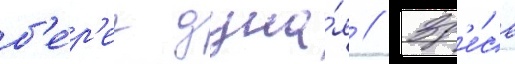
б'е́р'ег дуна́я // Зд'е́сь